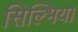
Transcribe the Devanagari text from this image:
सिल्भिया